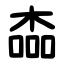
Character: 楍